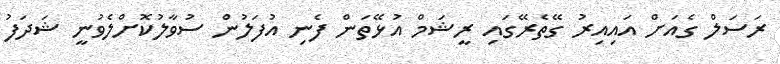
ރަސަލް ގެއަށް އައިއިރު ގޭތެރޭގައި ރީޝަމް އުޅޭތަން ފެނި އުފަލުން ސުވާލުކޮށްލެވުނީ ޝަދަފު